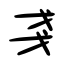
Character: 戔